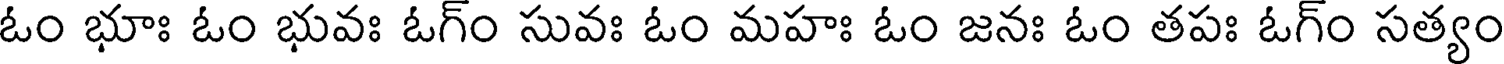
ఓం భూః ఓం భువః ఓగ్ం సువః ఓం మహః ఓం జనః ఓం తపః ఓగ్ం సత్యం